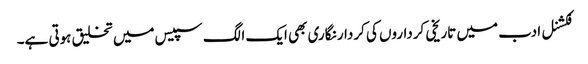
فکشنل ادب میں تاریخی کرداروں کی کردار نگاری بھی ایک الگ سپیس میں تخلیق ہوتی ہے۔